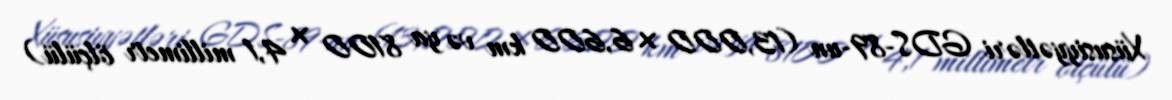
Xüsusiyyətləri GDS-89-un (13,000 × 6,600 km və ya 8100 × 4,1 millimetr ölçülü)